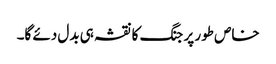
خاص طور پر جنگ کا نقشہ ہی بدل دئے گا۔